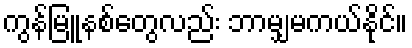
ကွန်မြူနစ်တွေလည်း ဘာမျှမကယ်နိုင်။